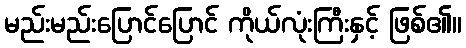
မည်းမည်းပြောင်ပြောင် ကိုယ်လုံးကြီးနှင့် ဖြစ်၏။